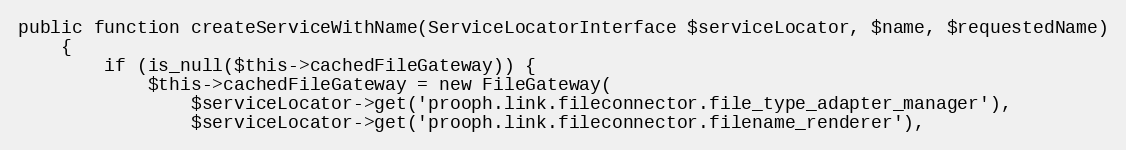
Language: PHP
public function createServiceWithName(ServiceLocatorInterface $serviceLocator, $name, $requestedName)
    {
        if (is_null($this->cachedFileGateway)) {
            $this->cachedFileGateway = new FileGateway(
                $serviceLocator->get('prooph.link.fileconnector.file_type_adapter_manager'),
                $serviceLocator->get('prooph.link.fileconnector.filename_renderer'),